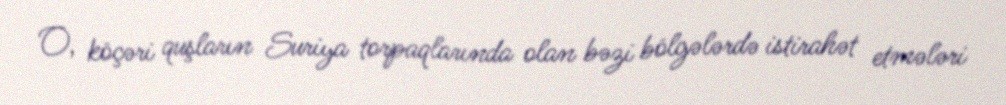
O, köçəri quşların Suriya torpaqlarında olan bəzi bölgələrdə istirahət etmələri